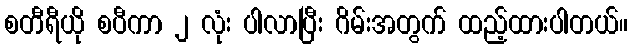
စတီရီယို စပီကာ ၂ လုံး ပါလာပြီး ဂိမ်းအတွက် ထည့်ထားပါတယ်။